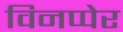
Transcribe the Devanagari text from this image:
विनप्पेर